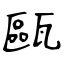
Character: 甌